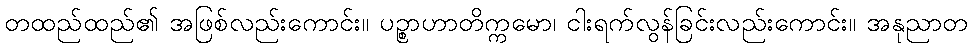
တထည်ထည်၏ အဖြစ်လည်းကောင်း။ ပဉ္စာဟာတိက္ကမော၊ ငါးရက်လွန်ခြင်းလည်းကောင်း။ အနုညာတ